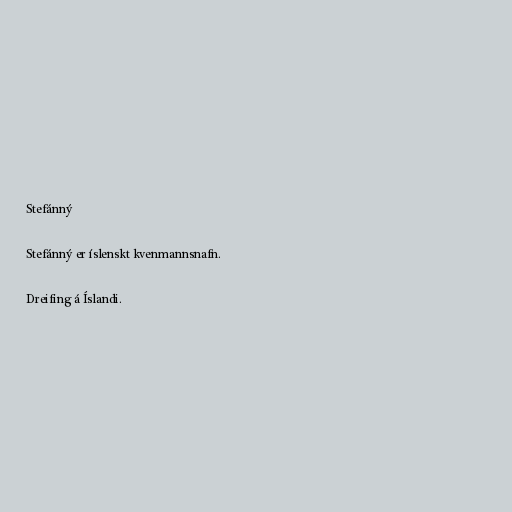
Stefánný

Stefánný er íslenskt kvenmannsnafn.

Dreifing á Íslandi.